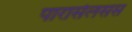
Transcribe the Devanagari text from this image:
पारासेलसस